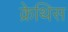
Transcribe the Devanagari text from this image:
क्रेथिस